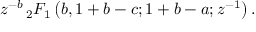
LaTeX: z ^ { - b } \, _ { 2 } F _ { 1 } \left( b , 1 + b - c ; 1 + b - a ; z ^ { - 1 } \right) .